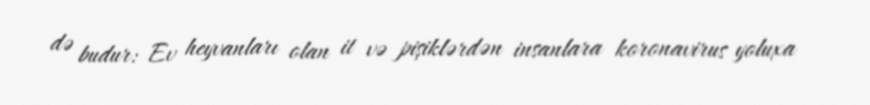
də budur: Ev heyvanları olan it və pişiklərdən insanlara koronavirus yoluxa